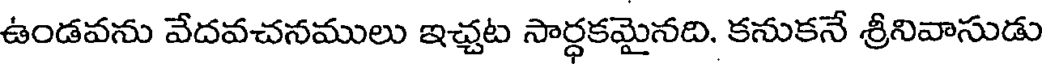
ఉండవను వేదవచనములు ఇచ్చట సార్ధకమైనది. కనుకనే శ్రీనివాసుడు